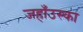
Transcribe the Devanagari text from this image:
जहाँउस्का